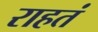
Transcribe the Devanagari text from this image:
राहतं